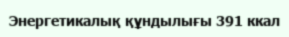
Энергетикалық құндылығы 391 ккал